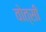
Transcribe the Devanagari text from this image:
वोत्सी